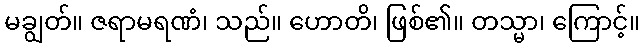
မချွတ်။ ဇရာမရဏံ၊ သည်။ ဟောတိ၊ ဖြစ်၏။ တသ္မာ၊ ကြောင့်။